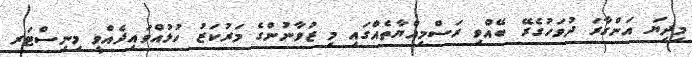
މިދިޔަ އަންގާރަ ދުވަހުގެރޭ ބޭއްވި ރަސްމިއްޔާތެއްގައި މި ޒުވާނުންގެ މަރުކަޒު ހުޅުއްވައިދެއްވީ މިނިސްޓަރ